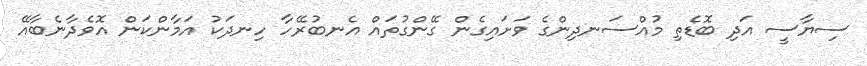
ސިޔާސީ އަދި ބޮޑެތި މުއްސަނދިންގެ ވަށައިގެން ގޭންގުތައް އެނބުރޭހާ ހިނދަކު އަމާންކަން އޮވެދާނެބާއޭ